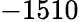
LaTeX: -1510